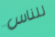
للناس